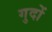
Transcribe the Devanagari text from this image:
गुदों